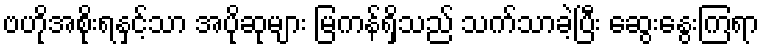
ဗဟိုအစိုးရနှင့်သာ အပိုဆုများ မြကန်ရှိသည် သက်သာခဲ့ပြီး ဆွေးနွေးကြရာ